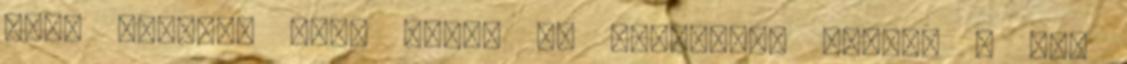
van, illetve ahol őrzik az iratokat. Mintha a két